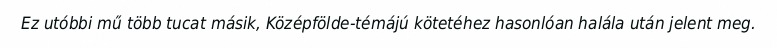
Ez utóbbi mű több tucat másik, Középfölde-témájú kötetéhez hasonlóan halála után jelent meg.